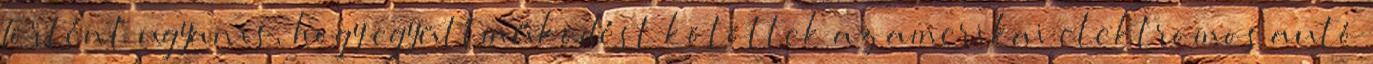
Történt ugyanis, hogy együttműködést kötöttek az amerikai elektromos autó